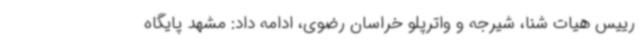
رییس هیات شنا، شیرجه و واترپلو خراسان رضوی، ادامه داد: مشهد پایگاه